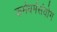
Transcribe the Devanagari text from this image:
कर्मधर्मसंयोग